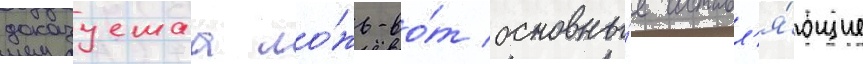
доказуемаа ло́жь-во́т основны́е составл'я́ющие